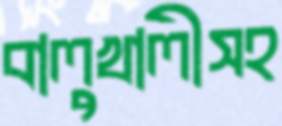
বালুখালীসহ